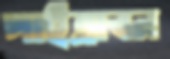
পাইত্রাবন